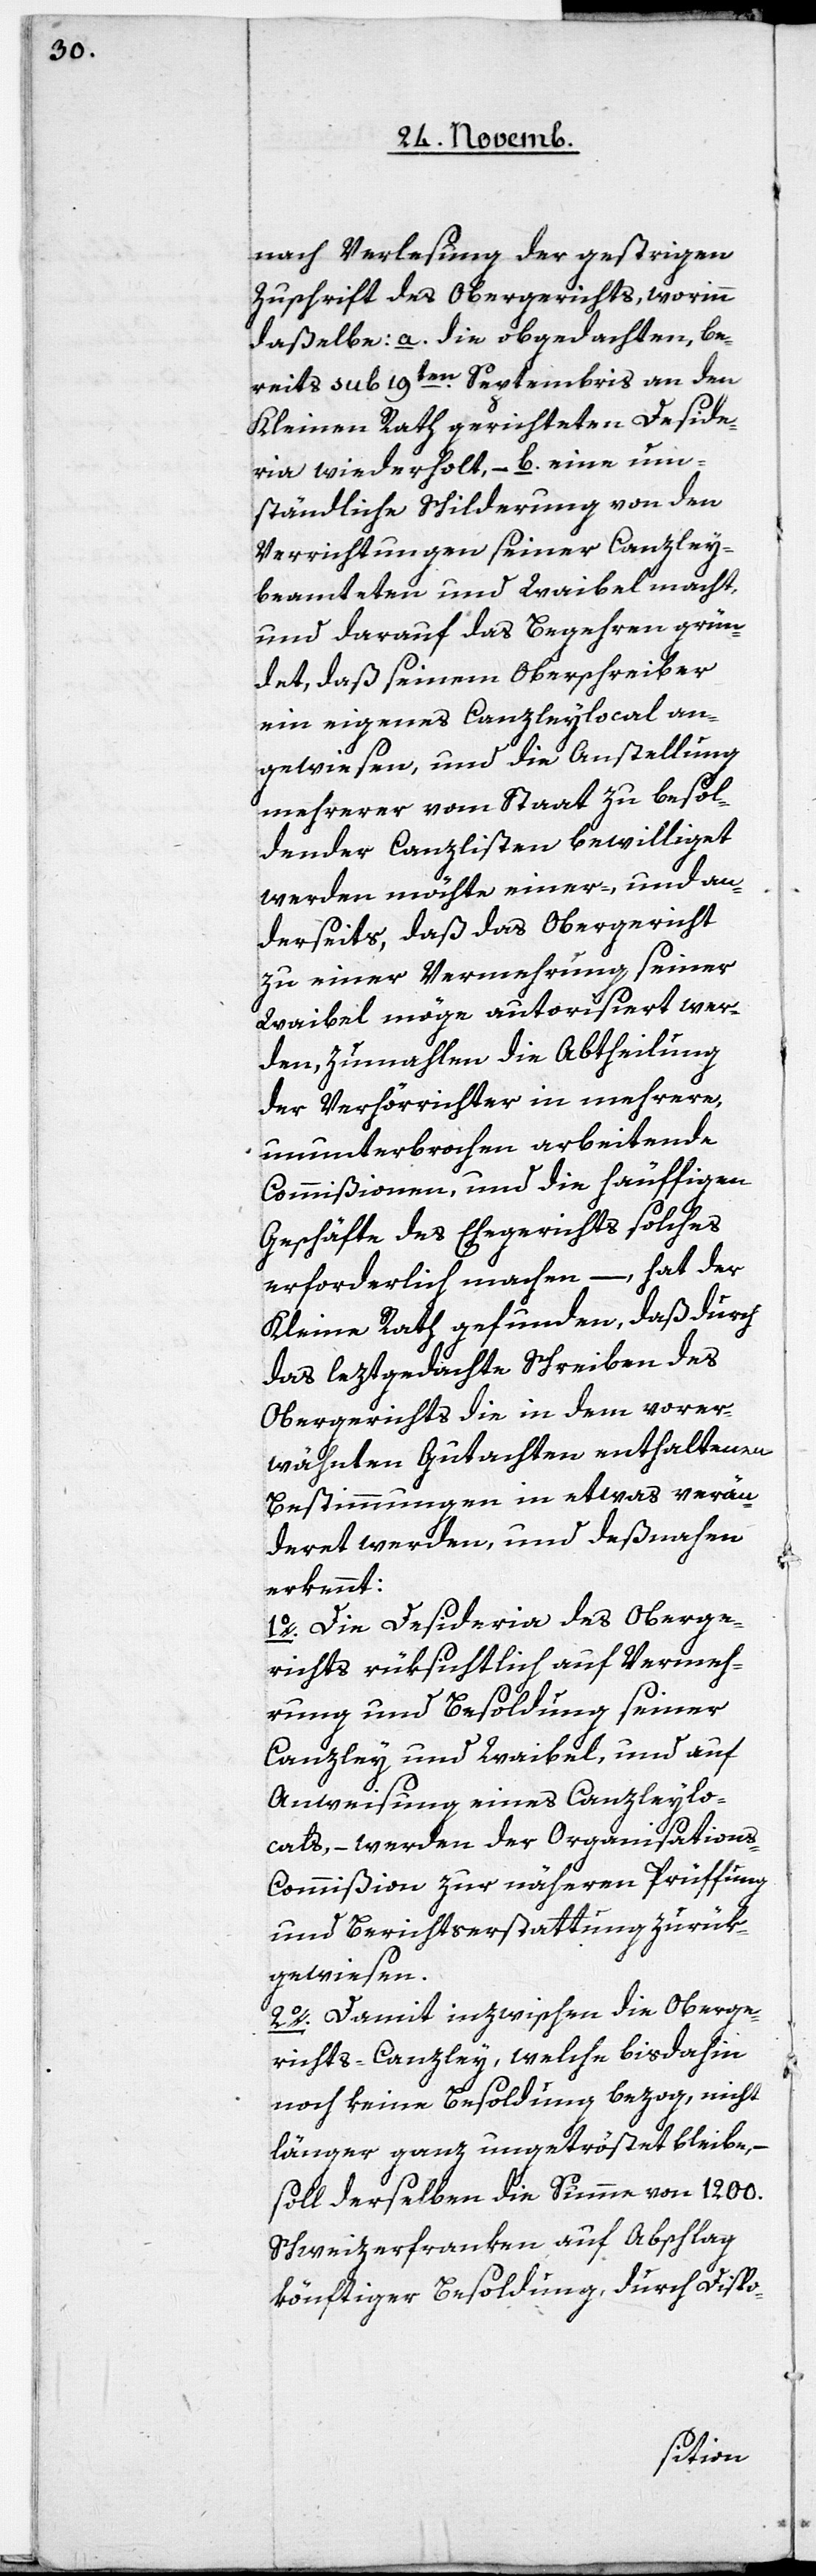
nach Verlesung der gestrigen
Zuschrift des Obergerichts, worinn
daßelbe: a. die obgedachten, be¬
reits sub 19ten. Septembris an den
Kleinen Rath gerichteten Deside¬
ria wiederholt, – b. eine um¬
ständliche Schilderung von den
Verrichtungen seiner Canzley¬
beamteten und Waibel macht,
und darauf das Begehren grün¬
det, daß seinem Oberschreiber
ein eigenes Canzleylocal an¬
gewiesen, und die Anstellung
mehrerer vom Staat zu besol¬
dender Canzlisten bewilliget
werden möchte einer-, und an¬
derseits, daß das Obergericht
zu einer Vermehrung seiner
Waibel möge autorisiert wer¬
den, zumahlen die Abtheilung
der Verhörrichter in mehrere,
ununterbrochen arbeitende
Commißionen, und die häuffigen
Geschäfte des Ehegerichts solches
erforderlich machen –, hat der
Kleine Rath gefunden, daß durch
das leztgedachte Schreiben des
Obergerichts die in dem vorer¬
wähnten Gutachten enthaltenen
Bestimmungen in etwas verän¬
deret werden, und deßnahen
erkennt:
1. Die Desideria des Oberge¬
richts rüksichtlich auf Vermeh¬
rung und Besoldung seiner
Canzley und Waibel, und auf
Anweisung eines Canzleylo¬
cals, – werden der Organisation¬
s-Commißion zur näheren Prüffung
und Berichterstattung zurük¬
gewiesen.
2. Damit inzwischen die Oberge¬
richts-Canzley, welche bisdahin
noch keine Besoldung bezog, nicht
länger ganz ungetröstet bleibe,
soll derselben die Summe von 1200.
Schweizerfranken auf Abschlag
könftiger Besoldung, durch Dispo-